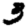
Digit: 3